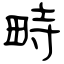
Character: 畤